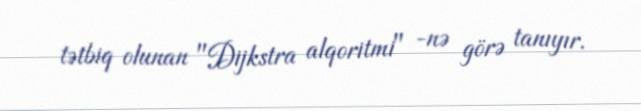
tətbiq olunan "Dijkstra alqoritmi" -nə görə tanıyır.